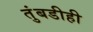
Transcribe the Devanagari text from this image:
तुंबडीही